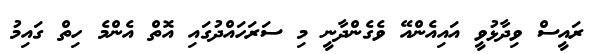
ރައީސް ވިދާޅުވީ އައިއެންއޭ ވެގެންދާނީ މި ސަރަހައްދުގައި އޮތް އެންމެ ހިތް ގައިމު